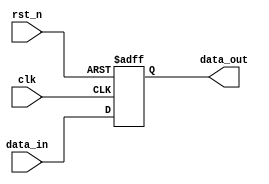
module falling_edge_register (
    input wire clk,          // Clock signal
    input wire rst_n,       // Active low reset signal
    input wire [7:0] data_in, // 8-bit input data
    output reg [7:0] data_out // 8-bit output data
);

// Initialization of the output register
initial begin
    data_out = 8'b0; // Initialize data_out to 0
end

// Always block sensitive to the negative edge of the clock
always @(negedge clk or negedge rst_n) begin
    if (!rst_n) begin
        // Asynchronous reset
        data_out <= 8'b0; // Reset data_out to 0
    end else begin
        // Update data_out on falling edge of clk
        data_out <= data_in; // Store input data
    end
end

endmodule